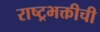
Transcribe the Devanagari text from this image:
राष्ट्रभक्तीची